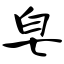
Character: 皂